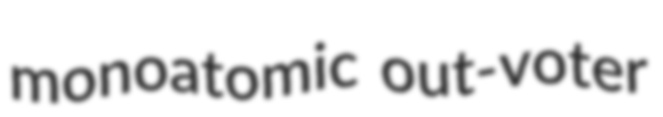
monoatomic out-voter